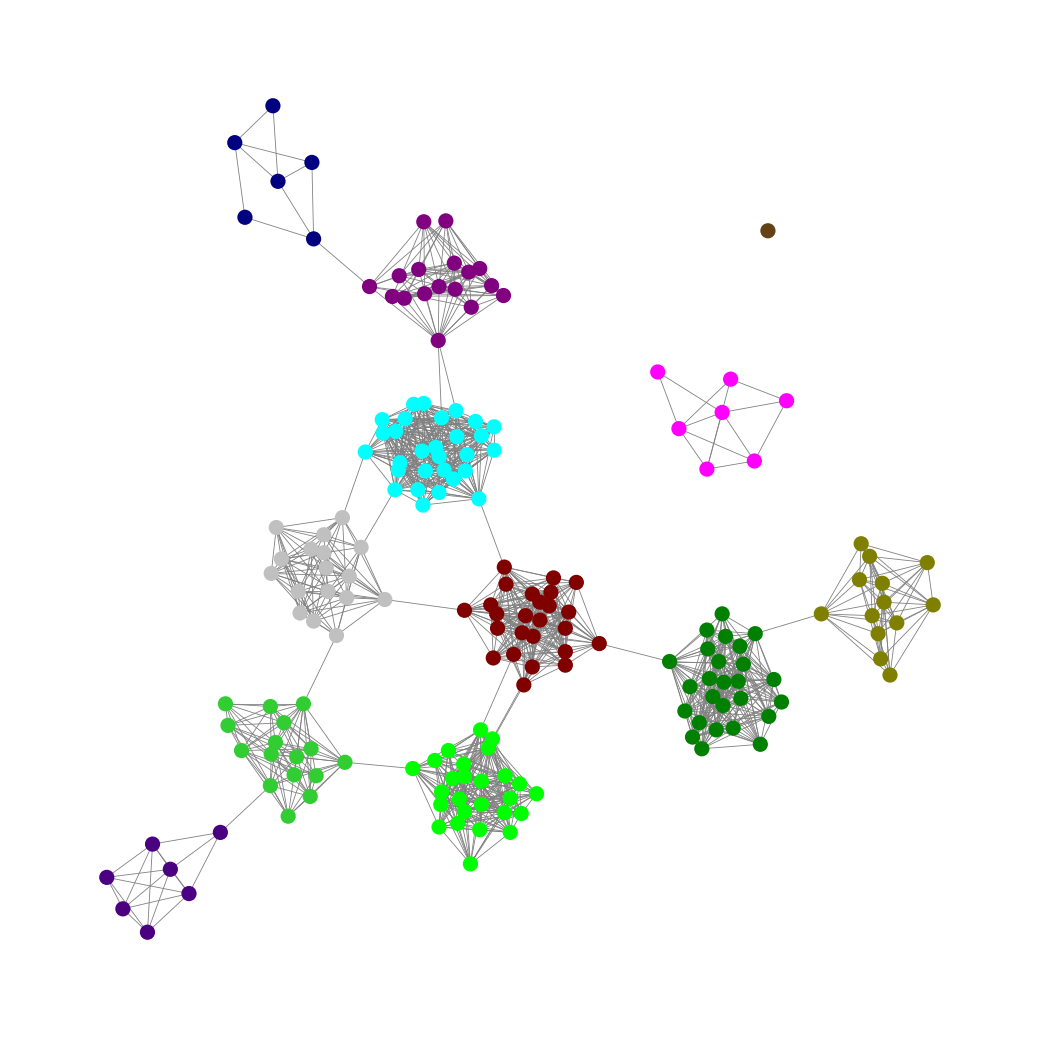
Graph connected: No
Number of connected components: 3
Number of singletons: 1
Total number of nodes: 190
Total number of edges: 1343
Number of communities: 12
Community sizes:
Aqua: 29
Fuchsia: 7
Green: 26
Indigo: 7
Lime: 26
Lime Green: 16
Maroon: 25
Navy: 6
Olive: 13
Pullman Brown: 1
Purple: 17
Silver: 17
Graph layout: tda
Graph generation method: erdos_renyi